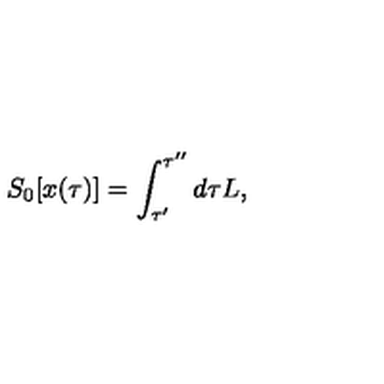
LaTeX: S _ { 0 } [ x ( \tau ) ] = \int _ { \tau ^ { \prime } } ^ { \tau ^ { \prime \prime } } d \tau L ,